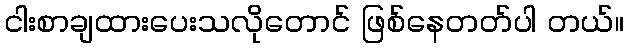
ငါးစာချထားပေးသလိုတောင် ဖြစ်နေတတ်ပါ တယ်။